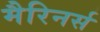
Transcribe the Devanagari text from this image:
मैरिनर्स